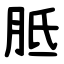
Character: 胝